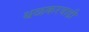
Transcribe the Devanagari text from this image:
थळकरवाडी